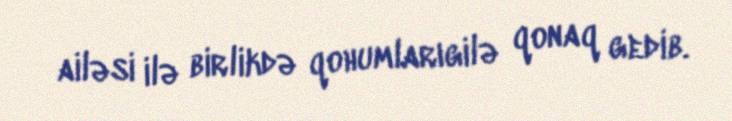
ailəsi ilə birlikdə qohumlarıgilə qonaq gedib.